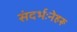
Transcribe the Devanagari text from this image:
संदर्भःनेहरू